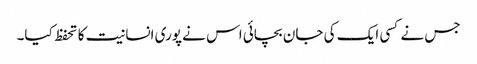
جس نے کسی ایک کی جان بچائی اس نے پوری انسانیت کا تحفظ کیا۔